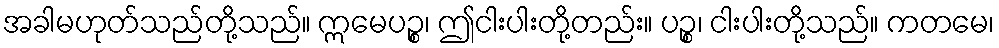
အခါမဟုတ်သည်တို့သည်။ ဣမေပဉ္စ၊ ဤငါးပါးတို့တည်း။ ပဉ္စ၊ ငါးပါးတို့သည်။ ကတမေ၊